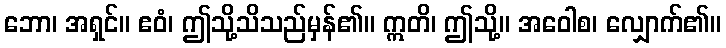
ဘော၊ အရှင်။ ဧဝံ၊ ဤသို့သိသည်မှန်၏။ ဣတိ၊ ဤသို့။ အဝေါစ၊ လျှောက်၏။